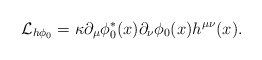
\begin{align*}{\cal{L} }_{h\phi_0} = \kappa \partial_\mu \phi_0^*(x) \partial_\nu \phi_0(x) h^{\mu \nu}(x).\end{align*}